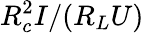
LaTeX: R_{c}^{2}I/(R_{L}U)